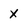
Character: X